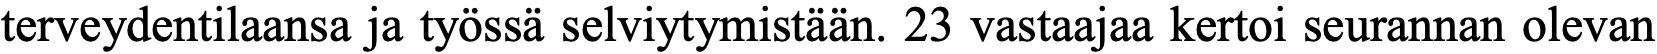
terveydentilaansa ja työssä selviytymistään. 23 vastaajaa kertoi seurannan olevan